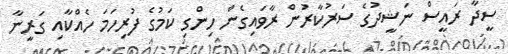
ސީދާ ރައީސް ނަޝީދުގެ ސަރުކާރުން ރާވައިގެން ހިންގި ކަމުގެ ފުރިހަމަ ހެއްކާއި ގަރީނާ